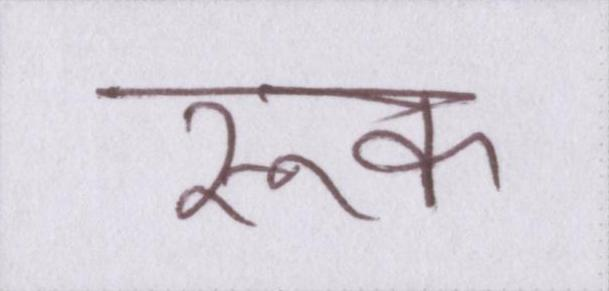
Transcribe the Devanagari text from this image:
रूक